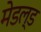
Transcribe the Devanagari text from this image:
मेडल्ड